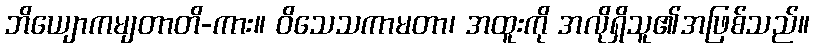
ဘိယျောကမျတာတိ-ကား။ ဝိသေသကာမတာ၊ အထူးကို အလိုရှိသူ၏အဖြစ်သည်။